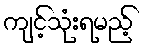
ကျင့်သုံးရမည့်